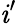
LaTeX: \mathit{i}^{\prime}